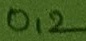
Text: 0,2